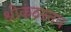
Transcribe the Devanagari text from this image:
श्रीकंठस्तव